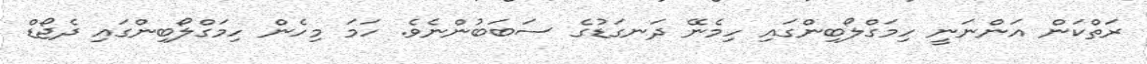
ރަތްކަން އަންނަނީ ހިމަގްލޯބިންގައި ހިމެނޭ ދަނގަޑުގެ ސަބަބުންނެވެ. ހަމަ މިހެން ހިމަގްލޯބިންގައި ދެޖޯޑް